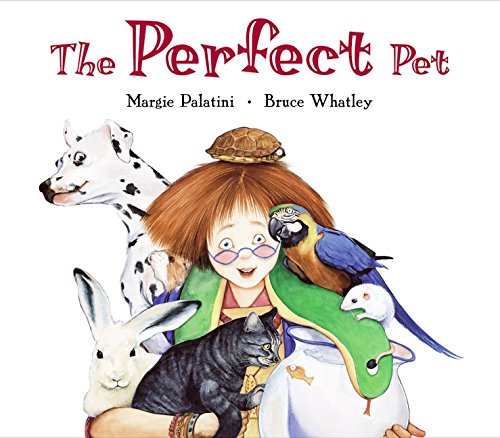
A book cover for The Perfect Pet; Margie Palatini; Children's Books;